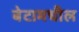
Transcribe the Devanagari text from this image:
बेटामधील